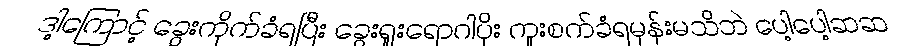
ဒါ့ကြောင့် ခွေးကိုက်ခံရပြီး ခွေးရူးရောဂါပိုး ကူးစက်ခံရမှန်းမသိဘဲ ပေါ့ပေါ့ဆဆ